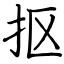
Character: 抠